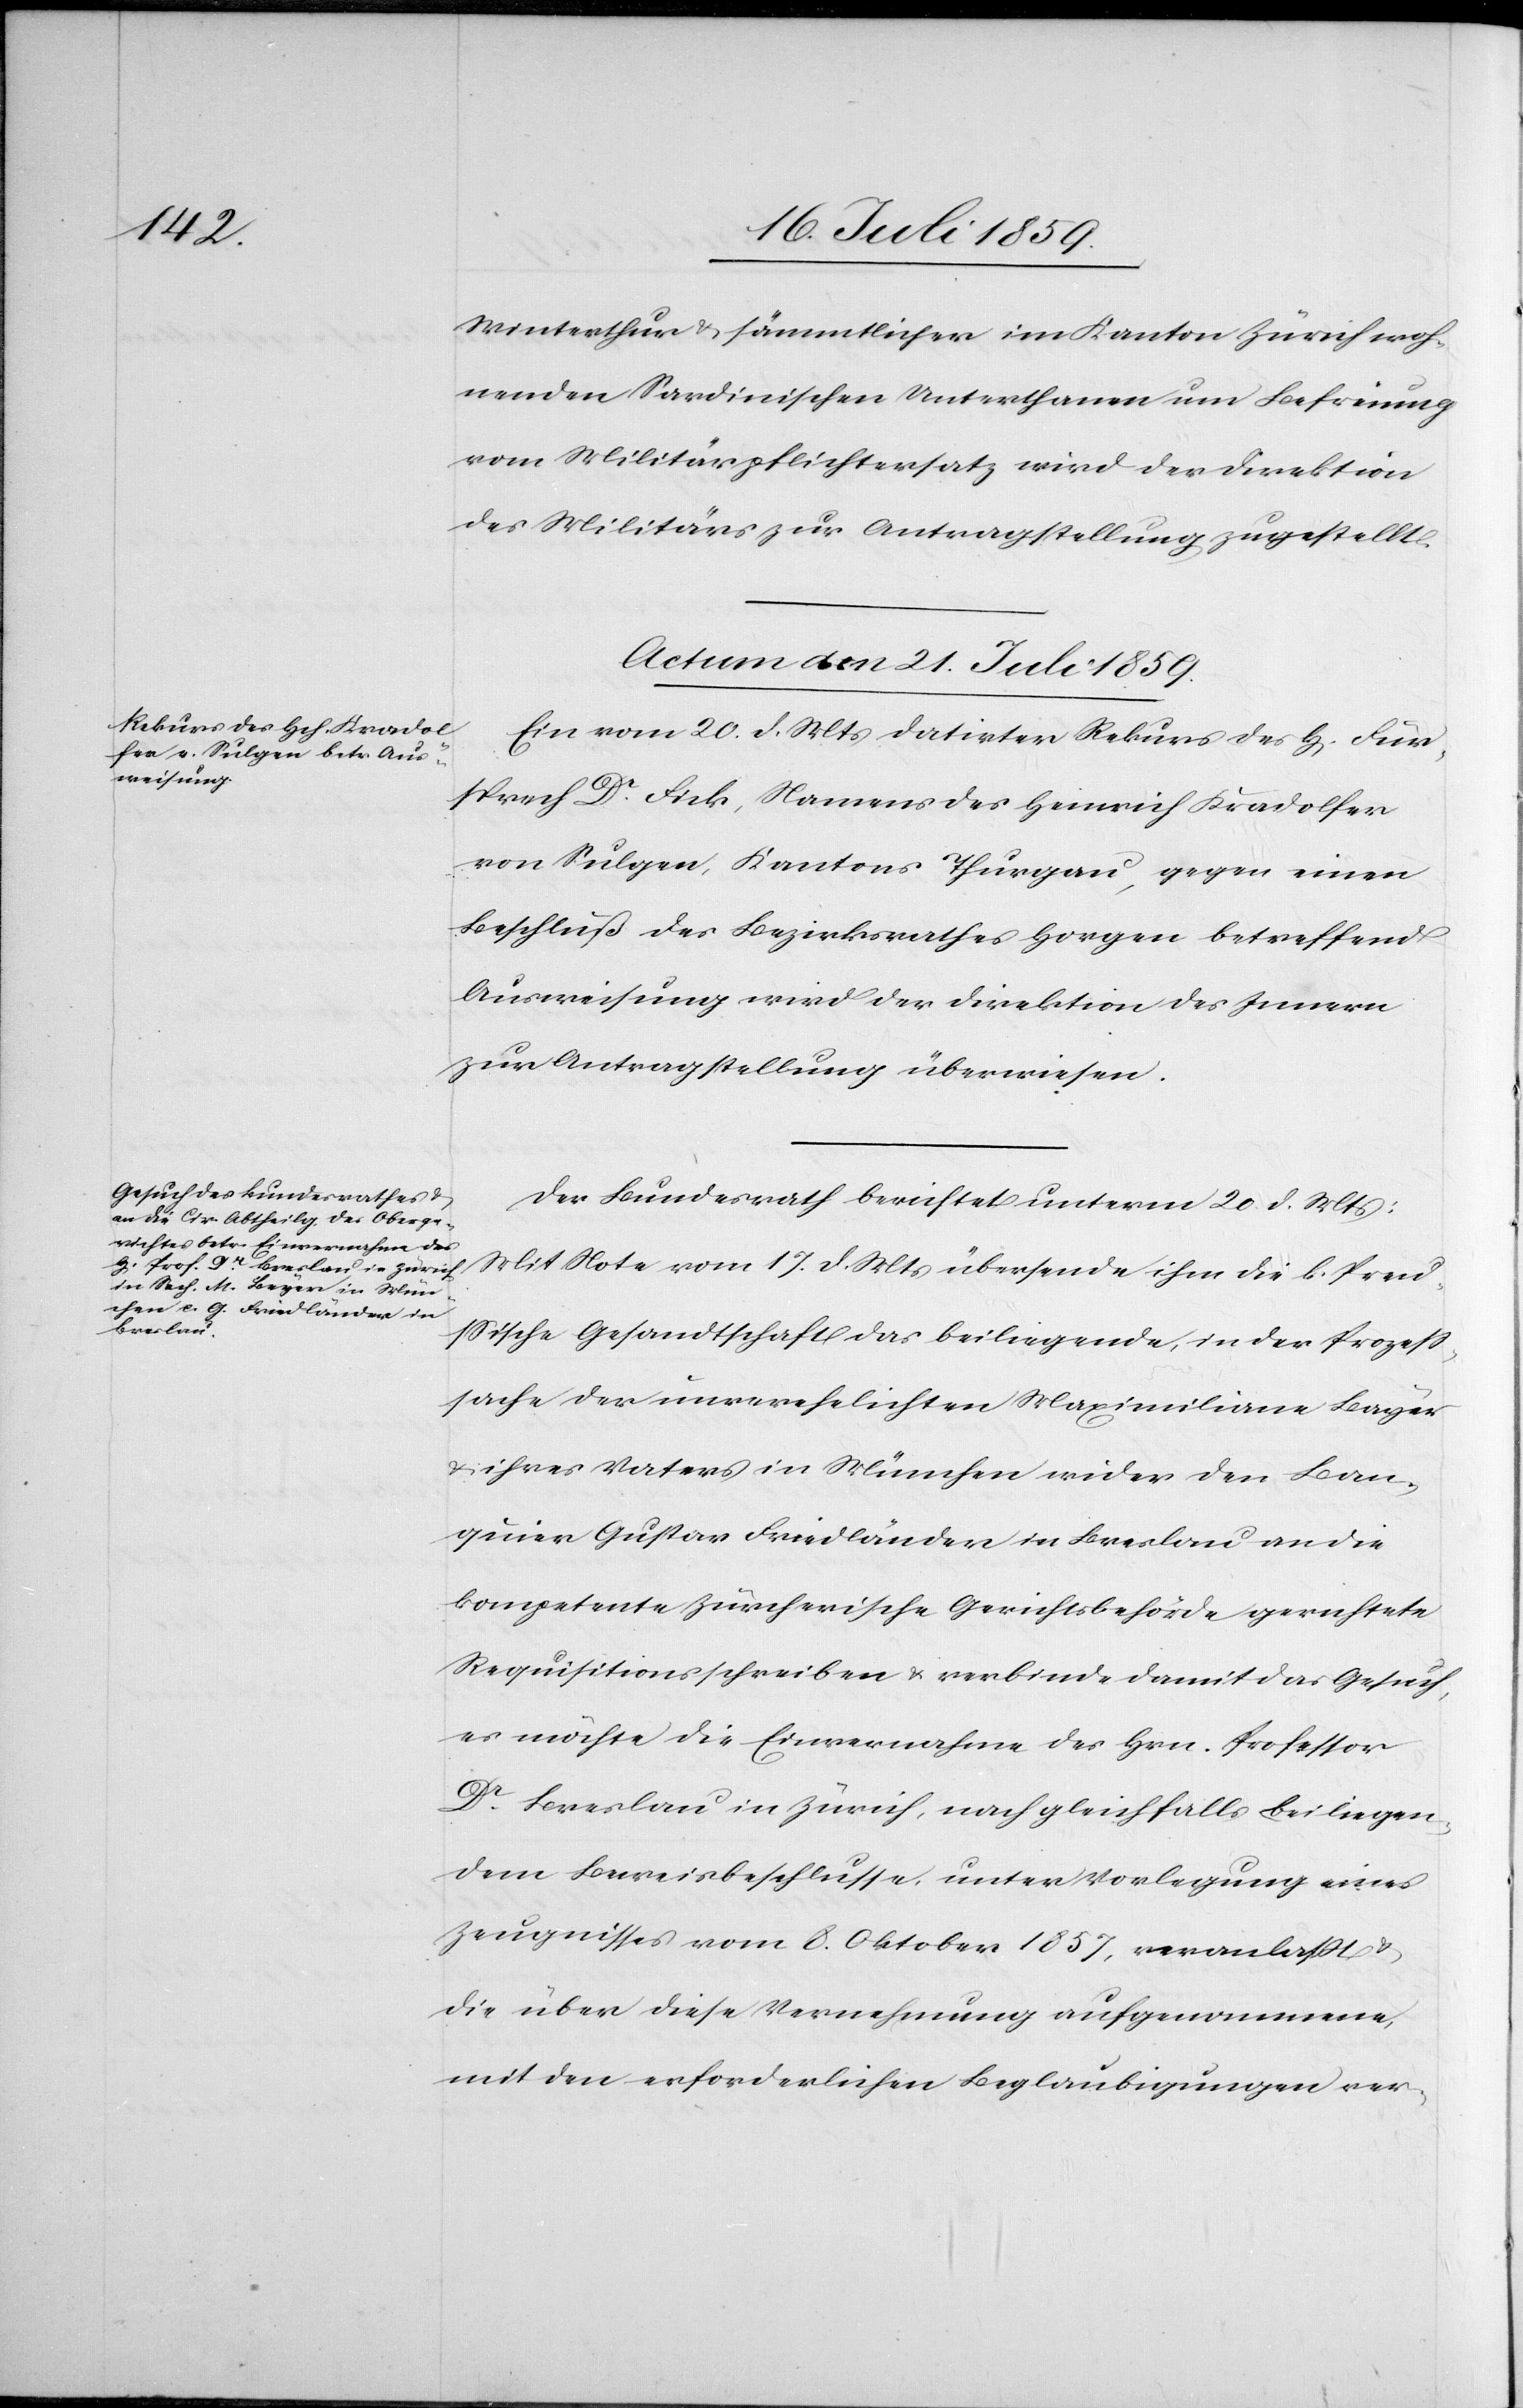
Winterthur u. sämmtlicher im Kanton Zürich woh¬
nenden Sardinischen Unterthanen um Befreiung
vom Militärpflichtersatz wird der Direktion
des Militärs zur Antragstellung zugestellt.
Actum den 21. Juli 1859.]
Ein vom 20. d. Mts. datirter Rekurs des H[erren] Für¬
sprech Dr. Fick, Namens des Heinrich Kradolfer
von Sulgen, Kantons Thurgau, gegen einen
Beschluß des Bezirksrathes Horgen betreffend
Ausweisung wird der Direktion des Innern
zur Antragstellung überwiesen.
Der Bundesrath berichtet unterm 20. d. Mts.:
Mit Note vom 17. d. Mts. übersende ihm die l. Preus¬
sische Gesandtschaft das beiliegende, in der Prozeß¬
sache der unverehelichten Maximiliane Bayer
u. ihres Vaters in München wider den Ban¬
quier Gustav Friedländer in Breslau an die
kompetente zürcherische Gerichtsbehörde gerichtete
Requisitionsschreiben u. verbinde damit das Gesuch,
es möchte die Einvernahme des Hrn. Professor
Dr. Breslau in Zürich, nach gleichfalls beiliegen¬
dem Beweisbeschlusse, unter Vorlegung eines
Zeugnisses vom 8. Oktober 1857, veranlaßt u.
die über diese Vernehmung aufgenommene,
mit den erforderlichen Beglaubigungen ver-